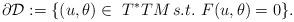
LaTeX: \begin{align*} \partial{\mathcal{D}}:=\{(u,\theta)\in\,\,T^*TM\,s.t. \,\,F(u,\theta)=0\}. \end{align*}